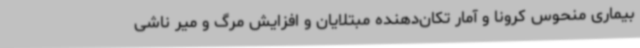
بیماری منحوس کرونا و آمار تکان‌دهنده مبتلایان و افزایش مرگ و میر ناشی